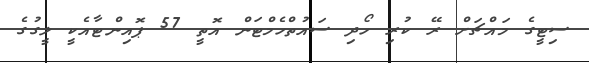
ސިޓީގެ މައްޗަށް ރޭ ކުރި ހޯދި ސައުތްހެމްޓަން އޮތީ 57 ޕޮއިންޓާއެކީ ލީގުގެ